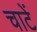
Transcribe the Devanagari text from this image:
चाटें